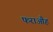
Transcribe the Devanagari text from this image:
फराऔह